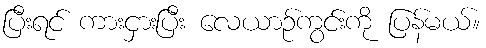
ပြီးရင် ကားငှားပြီး လေယာဉ်ကွင်းကို ပြန်မယ်။